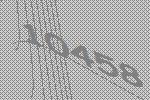
10458